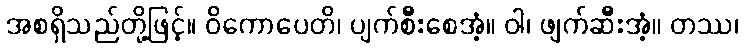
အစရှိသည်တို့ဖြင့်။ ဝိကောပေတိ၊ ပျက်စီးစေအံ့။ ဝါ၊ ဖျက်ဆီးအံ့။ တဿ၊